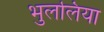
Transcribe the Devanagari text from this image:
भुललिया